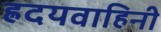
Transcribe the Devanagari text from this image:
ह्रदयवाहिनी